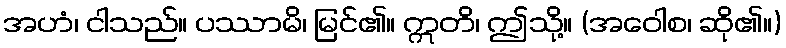
အဟံ၊ ငါသည်။ ပဿာမိ၊ မြင်၏။ ဣတိ၊ ဤသို့။ (အဝေါစ၊ ဆို၏။)